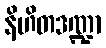
နိဟိတဒဏ္ဍာ